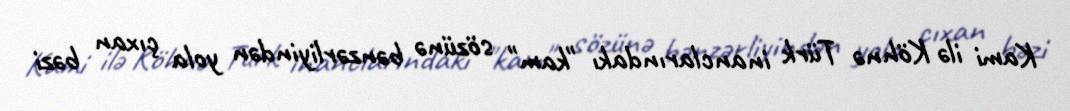
Kami ilə Köhnə Türk inanclarındakı "kam" sözünə bənzərliyindən yola çıxan bəzi